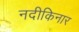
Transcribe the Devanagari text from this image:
नदीकिनार